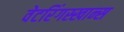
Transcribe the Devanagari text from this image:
वेटरिंगस्खान्स